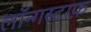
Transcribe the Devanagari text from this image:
लॉन्गस्टाफ़